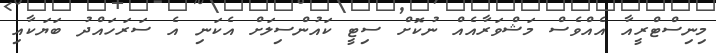
މިނިސްޓްރީއާ އެއްވެސް މަޝްވަރާއެއް ނުކޮށް ސިޓީ ކައުންސިލަށް އެކަނި އެ ސަރަހައްދު ބަޔަކާއި